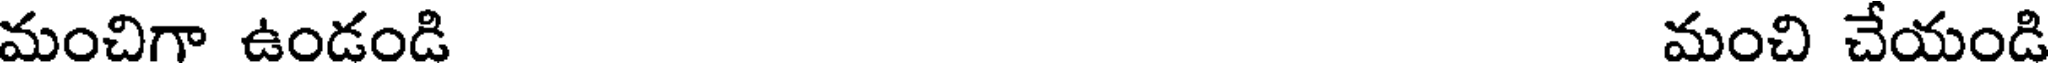
మంచిగా ఉండండి మంచి చేయండి